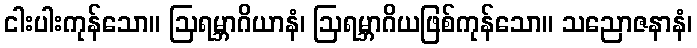
ငါးပါးကုန်သော။ ဩရမ္ဘာဂိယာနံ၊ ဩရမ္ဘာဂိယဖြစ်ကုန်သော။ သညောဇနာနံ၊